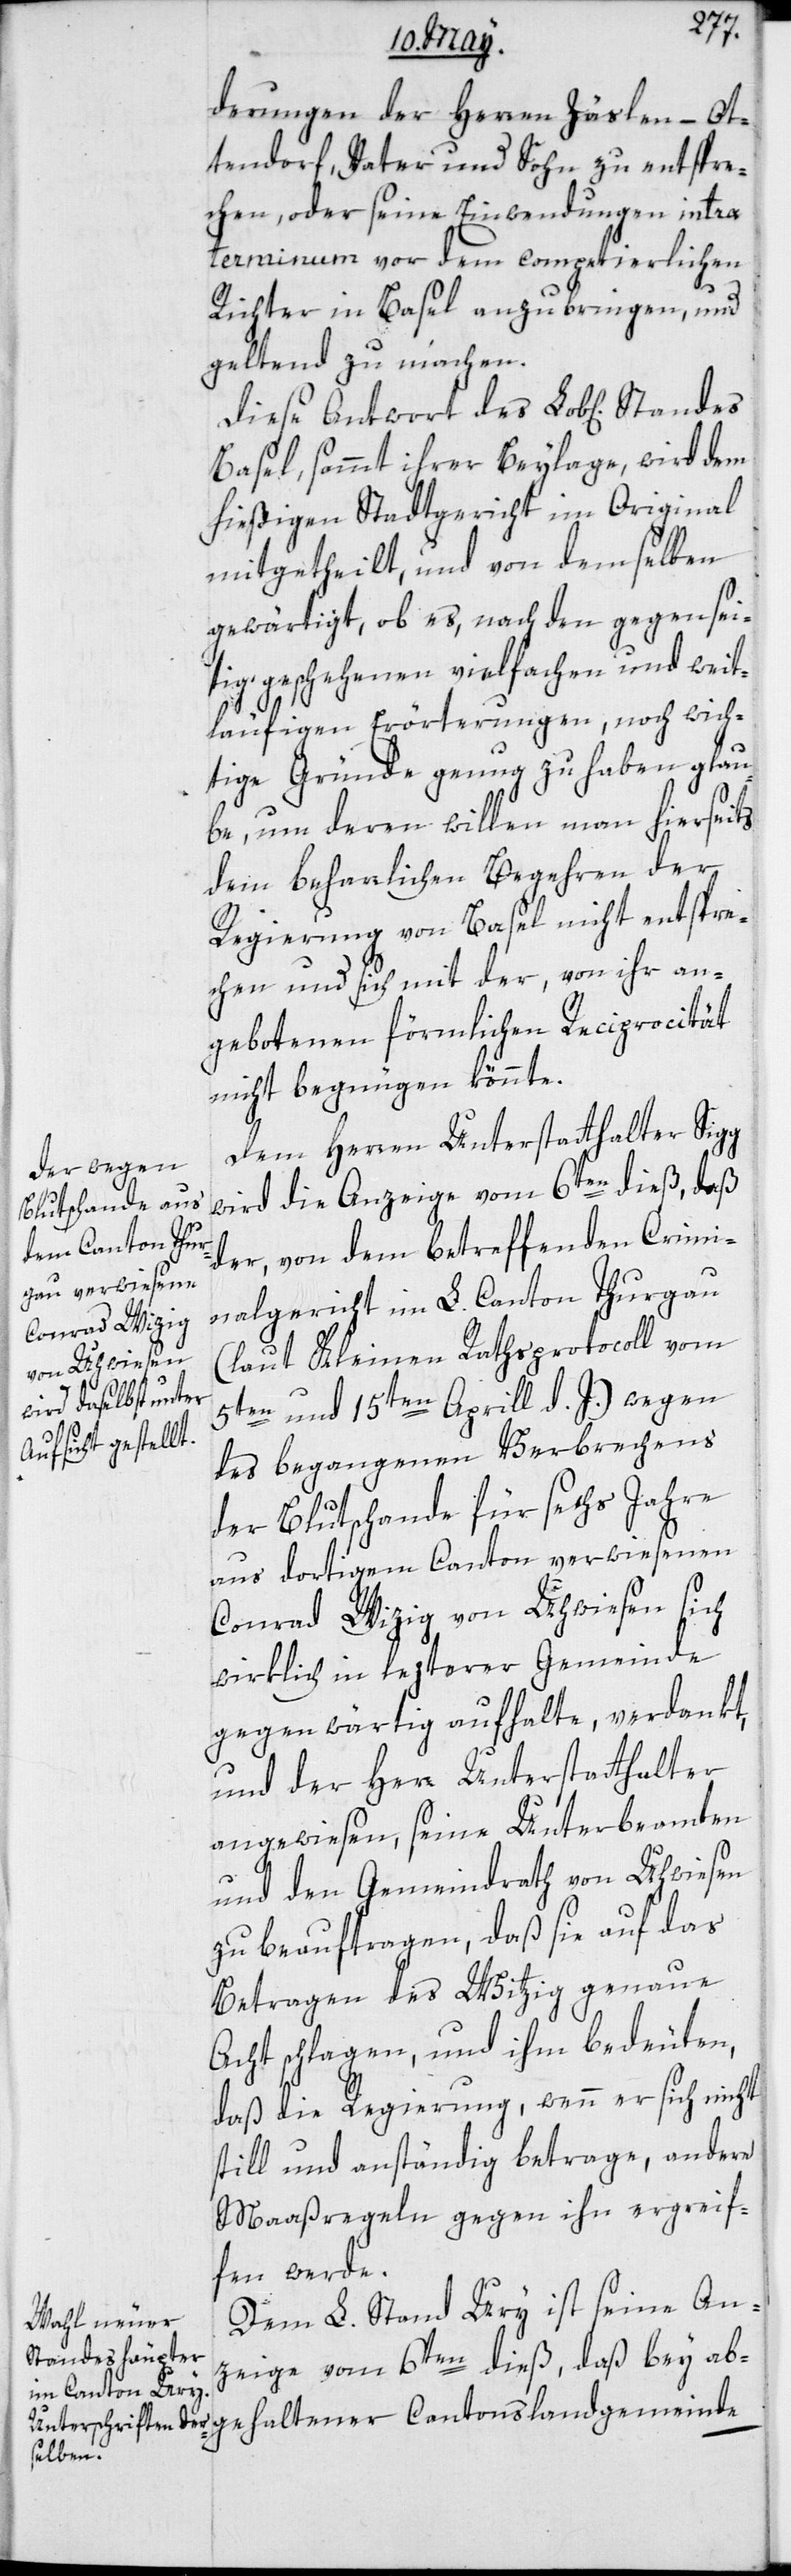
derungen der Herren Zäslein-Ot¬
tendorf, Vater und Sohn zu entspre¬
chen, oder seine Einwendungen intra
terminium vor dem competierlichen
Richter in Basel anzubringen, und
geltend zu machen.
Basel, sammt ihrer Beylage wird dem
hießigen Stadtgericht im Original
mitgetheilt, und von demselben
gewärtigt, ob es, nach den gegensei¬
tig geschehenen vielfachen und weit¬
läufigen Erörterungen, noch wich¬
tige Gründe genug zu haben glau¬
be, um deren willen man hierseits
dem beharrlichen Begehren der
Regierung von Basel nicht entspre¬
chen und sich mit der, von ihr an¬
gebotenen förmlichen Reciprocität
nicht begnügen könnte.
Dem Herren Unterstatthalter Sigg
wird die Anzeige vom 6ten dieß, daß
der, von dem betreffenden Crimi¬
nalgericht im L. Canton Thurgau
(laut Kleinen Rathsprotocoll vom
5ten und 15ten Aprill d. J.) wegen
des begangenen Verbrechens
der Blutschande für sechs Jahre
aus dortigem Canton verwiesenen
Conrad Wizig von Uhwiesen sich
wirklich in letzterer Gemeinde
gegenwärtig aufhalte, verdankt,
und der Herr Unterstatthalter
angewiesen, seine Unterbeamten
und den Gemeindrath von Uhwiesen
zu beauftragen, daß sie auf das
Betragen des Witzig
Acht schlagen und ihm bedeuten,
daß die Regierung, wenn er sich nicht
still und anständig betrage, andere
Maaßregeln gegen ihn ergreif¬
en werde.
Dem L. Stand Ury ist seine An¬
zeige vom 6ten dieß, daß bey abg¬
ehaltener